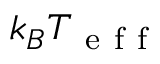
k _ { B } T _ { \mathrm { ~ e ~ f ~ f ~ } }